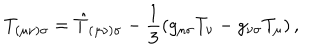
T _ { ( \mu \nu ) \sigma } = \hat { T } _ { ( \mu \nu ) \sigma } - \frac { 1 } { 3 } \left( g _ { \mu \sigma } T _ { \nu } - g _ { \nu \sigma } T _ { \mu } \right) ,